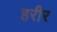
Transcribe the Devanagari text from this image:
हरीर